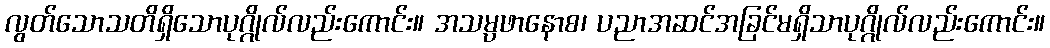
လွတ်သောသတိရှိသောပုဂ္ဂိုလ်လည်းကောင်း။ အသမ္ပဖာနောစ၊ ပညာအဆင်အခြင်မရှိသာပုဂ္ဂိုလ်လည်းကောင်း။